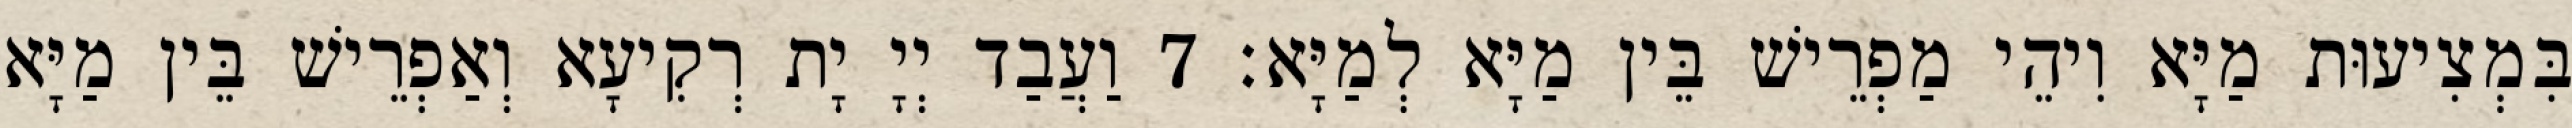
בִּמְצִיעוּת מַיָּא וִיהֵי מַפְרֵישׁ בֵּין מַיָּא לְמַיָּא׃ 7 וַעֲבַד יְיָ יָת רְקִיעָא וְאַפְרֵישׁ בֵּין מַיָּא